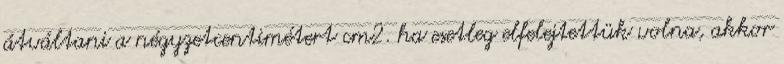
átváltani a négyzetcentimétert cm2. ha esetleg elfelejtettük volna, akkor